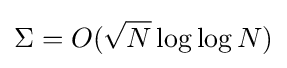
\Sigma =O({\sqrt {N}}\log \log N)